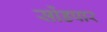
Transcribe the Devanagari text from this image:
सोंडपार